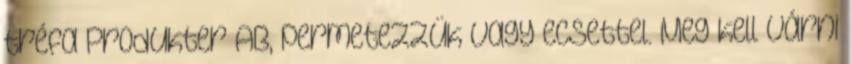
tréfa Produkter AB, permetezzük vagy ecsettel. Meg kell várni